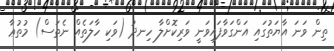
ތިން ވަނަ އާޔަތުގައި އަންގަވާފައިވަނީ ވަރިކޮށްލާ ހިނދު (ވަކި ހާލަތެއް ނެތަސް) މުތުޢާ